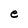
Character: e